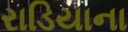
રાડિયાના